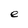
Character: e